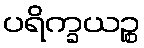
ပရိက္ခယဉ္စ